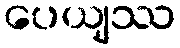
ပေယျဿ